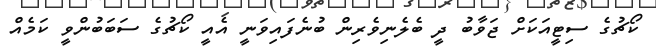
ކޯޗުގެ ސިޓީއަކަށް ޖަވާބު ދީ ބެލެނިވެރިން ބުނެފައިވަނީ އެއީ ކޯޗުގެ ސަބަބުންވީ ކަމެއް